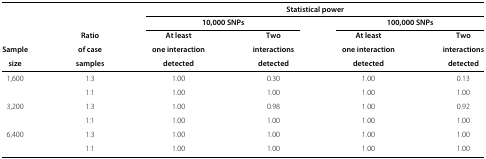
<table><thead><tr><td><b> </b></td><td><b> </b></td><td colspan="4"><b>Statistical power</b></td></tr><tr><td><b> </b></td><td><b> </b></td><td colspan="2"><b>10,000 SNPs</b></td><td colspan="2"><b>100,000 SNPs</b></td></tr><tr><td><b> </b></td><td><b>Ratio</b></td><td><b>At least</b></td><td><b>Two</b></td><td><b>At least</b></td><td><b>Two</b></td></tr><tr><td><b>Sample</b></td><td><b>of case</b></td><td><b>one interaction</b></td><td><b>interactions</b></td><td><b>one interaction</b></td><td><b>interactions</b></td></tr><tr><td><b>size</b></td><td><b>samples</b></td><td><b>detected</b></td><td><b>detected</b></td><td><b>detected</b></td><td><b>detected</b></td></tr></thead><tbody><tr><td>1,600</td><td>1:3</td><td>1.00</td><td>0.30</td><td>1.00</td><td>0.13</td></tr><tr><td> </td><td>1:1</td><td>1.00</td><td>1.00</td><td>1.00</td><td>1.00</td></tr><tr><td>3,200</td><td>1:3</td><td>1.00</td><td>0.98</td><td>1.00</td><td>0.92</td></tr><tr><td> </td><td>1:1</td><td>1.00</td><td>1.00</td><td>1.00</td><td>1.00</td></tr><tr><td>6,400</td><td>1:3</td><td>1.00</td><td>1.00</td><td>1.00</td><td>1.00</td></tr><tr><td> </td><td>1:1</td><td>1.00</td><td>1.00</td><td>1.00</td><td>1.00</td></tr></tbody></table>